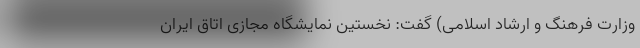
وزارت فرهنگ و ارشاد اسلامی) گفت: نخستین نمایشگاه مجازی اتاق ایران